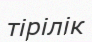
тірілік